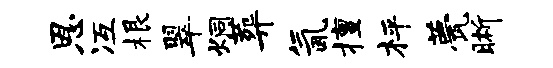
恩冱根翠炯葬氤擅枰甍晰